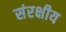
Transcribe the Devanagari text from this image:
संरक्षीय